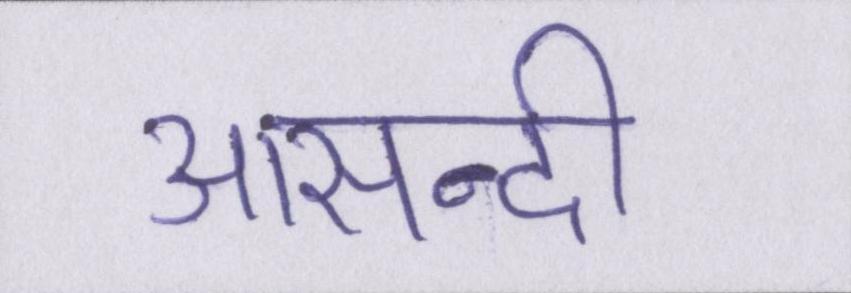
आसन्दी